Leaving Certificate Examination, 1902
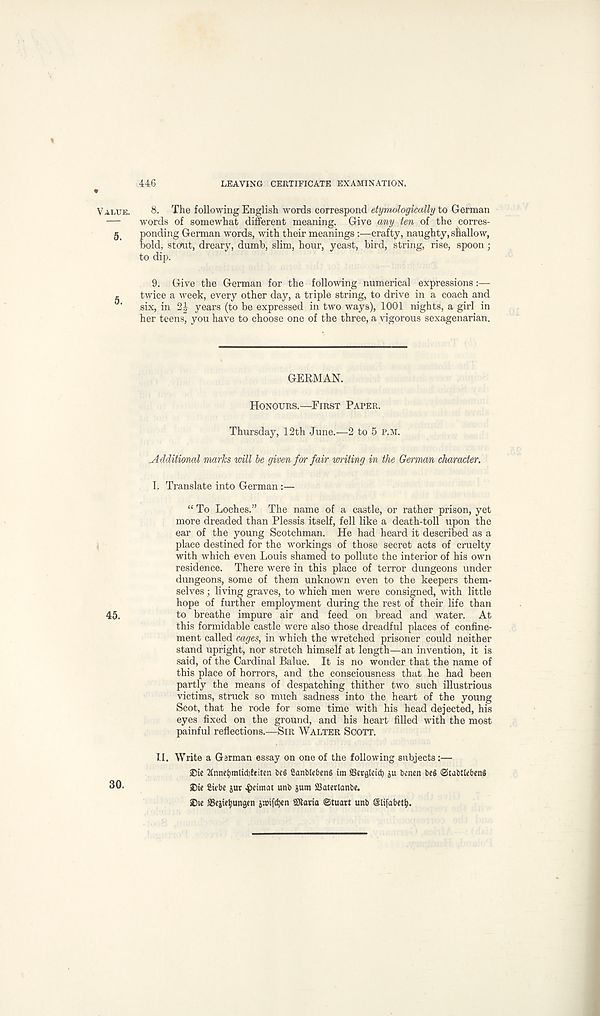
446
LEAVING CERTIFICATE EXAMINATION.
8. The following English words correspond etymologically to German
words of somewhat different meaning. Give any ten of the corres-
ponding German words, with their meanings :—crafty, naughty, shallow,
bold, stout, dreary, dumb, slim, hour, yeast, bird, string, rise, spoon;
to dip.
9. Give the German for the following numerical expressions:—
twice a week, every other day, a triple string, to drive in a coach and
six, in 2|- years (to be expressed in two ways), 1001 nights, a girl in
her teens, you have to choose one of the three, a vigorous sexagenarian.
GERMAN.
Honours.—First Paper.
Thursday, 12th June.—2 to 5 p.m.
^Additional marks mil be given for fair writing in the German character.
I. Translate into German:—
“ To Loches.” The name of a castle, or rather prison, yet
more dreaded than Plessis itself, fell like a death-toll upon the
ear of the young Scotchman. He had heard it described as a
place destined for the workings of those secret acts of cruelty
with which even Louis shamed to pollute the interior of his own
residence. There were in this place of terror dungeons under
dungeons, some of them unknown even to the keepers them-
selves ; living graves, to which men were consigned, with little
hope of further employment during the rest of their life than
to breathe impure air and feed on bread and water. At
this formidable castle were also those dreadful places of confine-
ment called cages, in which the wretched prisoner could neither
stand upright, nor stretch himself at length—an invention, it is
said, of the Cardinal Balue. It is no wonder that the name of
this place of horrors, and the consciousness that he had been
partly the means of despatching thither two such illustrious
victims, struck so much sadness into the heart of the young
Scot, that he rode for some time with his head dejected, his
eyes fixed on the ground, and his heart filled with the most
painful reflections.—Sir Walter Scott.
II. Write a Garman essay on one of the following subjects:—
®ie 2tnnctmli(t)!fiten beg Sanblebeng im SBcrgleid) ju benen beg (StJbtlebeng
Die Siebe jut ^icimat unb gum SSaterlanbe.
3Di e SBegietyungen gmijdjen SJlaria Stuart unb Slifabetf).